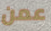
عمن